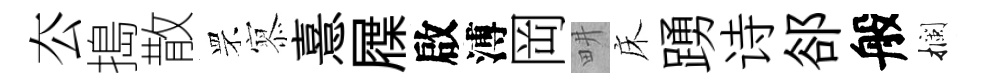
厺搗散罘𡪹憙屧啟溥岡畊床踴诗郤般攔